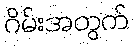
ဂိမ်းအတွက်